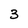
Character: 3